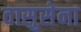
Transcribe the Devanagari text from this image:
वासुसेना